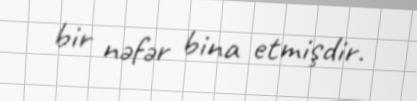
bir nəfər bina etmişdir.